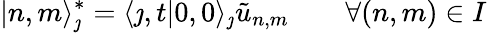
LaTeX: |n,m\rangle_{\jmath}^{*}=\langle\jmath,t|0,0\rangle_{\jmath}\tilde{u}_{n,m}\qquad\forall(n,m)\in I